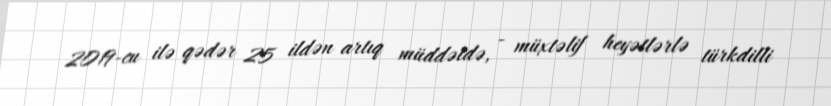
2019-cu ilə qədər 25 ildən artıq müddətdə, - müxtəlif heyətlərlə türkdilli